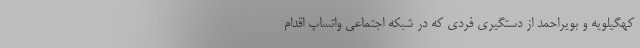
کهگیلویه ‌و بویراحمد از دستگیری فردی که در شبکه اجتماعی واتساپ اقدام